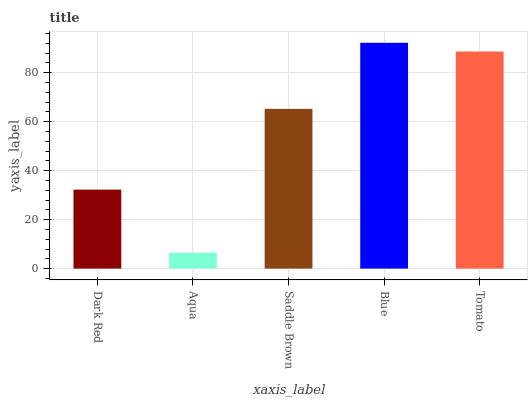
| xaxis_label | bars |
 | --- | --- |
 | Dark Red | 32.2 |
 | Aqua | 6.53 |
 | Saddle Brown | 65.2 |
 | Blue | 92.2 |
 | Tomato | 88.6 |